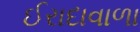
ઈરાદાવાળા